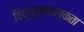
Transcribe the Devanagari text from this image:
विद्युत्च्चालकता